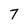
Character: 7